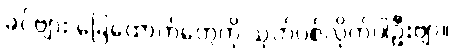
ခင်ဗျား ခြေထောက်တွေကို သုတ်ပစ်လိုက်ပါဦးဗျာ။